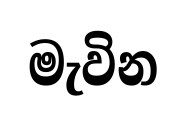
මැවින